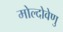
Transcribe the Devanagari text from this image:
मोल्दोवेणु